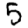
Digit: 5